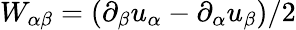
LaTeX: W_{\alpha\beta}=(\partial_{\beta}u_{\alpha}-\partial_{\alpha}u_{\beta})/2